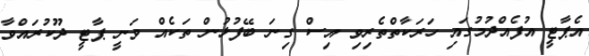
އެޕާޓީ އުފެއްދުމުގައި ހަރަކާތްތެރިވި އިސް ގިނަ ބޭފުޅުން ތަކެއް ވަނީ ޕާޓީ ދޫކުރައްވާ